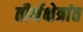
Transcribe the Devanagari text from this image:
तीर्थक्षेत्रांत